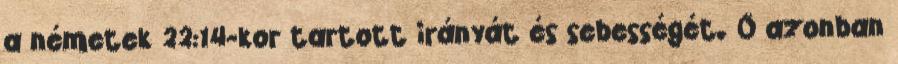
a németek 22:14-kor tartott irányát és sebességét. Ő azonban